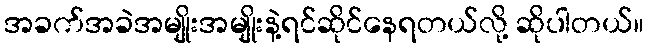
အခက်အခဲအမျိုးအမျိုးနဲ့ရင်ဆိုင်နေရတယ်လို့ ဆိုပါတယ်။